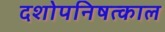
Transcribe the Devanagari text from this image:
दशोपनिषत्काल